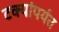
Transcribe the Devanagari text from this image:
टक्यांपर्यत